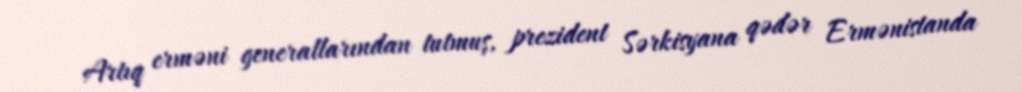
Artıq erməni generallarından tutmuş, prezident Sərkisyana qədər Ermənistanda